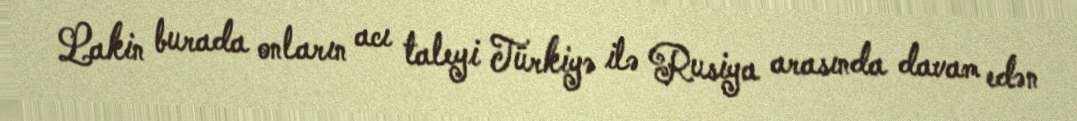
Lakin burada onların acı taleyi Türkiyə ilə Rusiya arasında davam edən